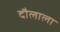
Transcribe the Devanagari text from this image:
दौलाला